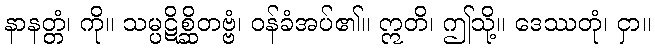
နာနတ္တံ၊ ကို။ သမ္ပဋိစ္ဆိတဗ္ဗံ၊ ဝန်ခံအပ်၏။ ဣတိ၊ ဤသို့။ ဒေဿတုံ၊ ငှာ။